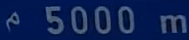
5000 m